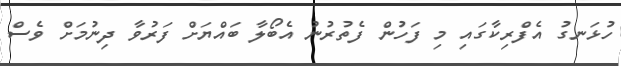
ހުޅަނގު އެފްރިކާގައި މި ފަހުން ފެތުރުނު އެބޯލާ ބައްޔަށް ފަރުވާ ދިނުމަށް ވެސް